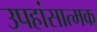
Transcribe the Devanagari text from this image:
उपहांसात्मक